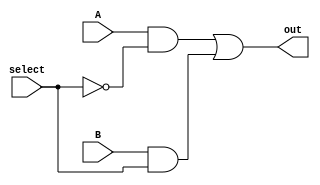
module Mux2to1_gate(out,A,B,select);
input A,B,select;
output out;
wire c,d,e;
not g1(e,select);
and g2(c,A,e);
and g3(d,B,select);
or g4(out,c,d);
endmodule